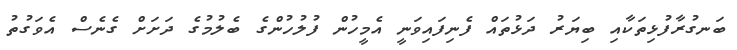
ބަނގުރާފުޅިތަކާއި ބިޔަރު ދަޅުތައް ފެނިފައިވަނީ އެމީހުން ފުލުހުންގެ ބެލުމުގެ ދަށަށް ގެނެސް އެވަގުތު